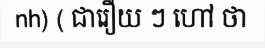
nh) ( ជារឿយ ៗ ហៅ ថា